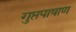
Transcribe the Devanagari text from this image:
गुप्तपाषाण